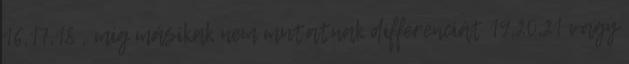
16,17,18 , míg másikak nem mutatnak differenciát 19,20,21 vagy